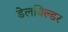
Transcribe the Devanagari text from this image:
डेलबिल्डर